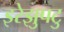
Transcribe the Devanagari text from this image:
इरेझुपटु